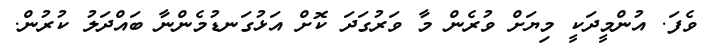
ވެފަ. އުންމީދަކީ މިޔަށް ވުރެން މާ ވަރުގަދަ ކޮށް އަޅުގަނޑުމެންނާ ބައްދަލު ކުރުން.